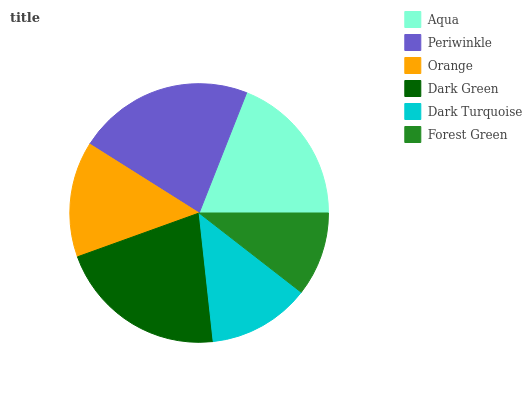
| Aqua | Periwinkle | Orange | Dark Green | Dark Turquoise | Forest Green |
 | --- | --- | --- | --- | --- | --- |
 | 19% | 22% | 14.5% | 21.2% | 12.8% | 10.5% |